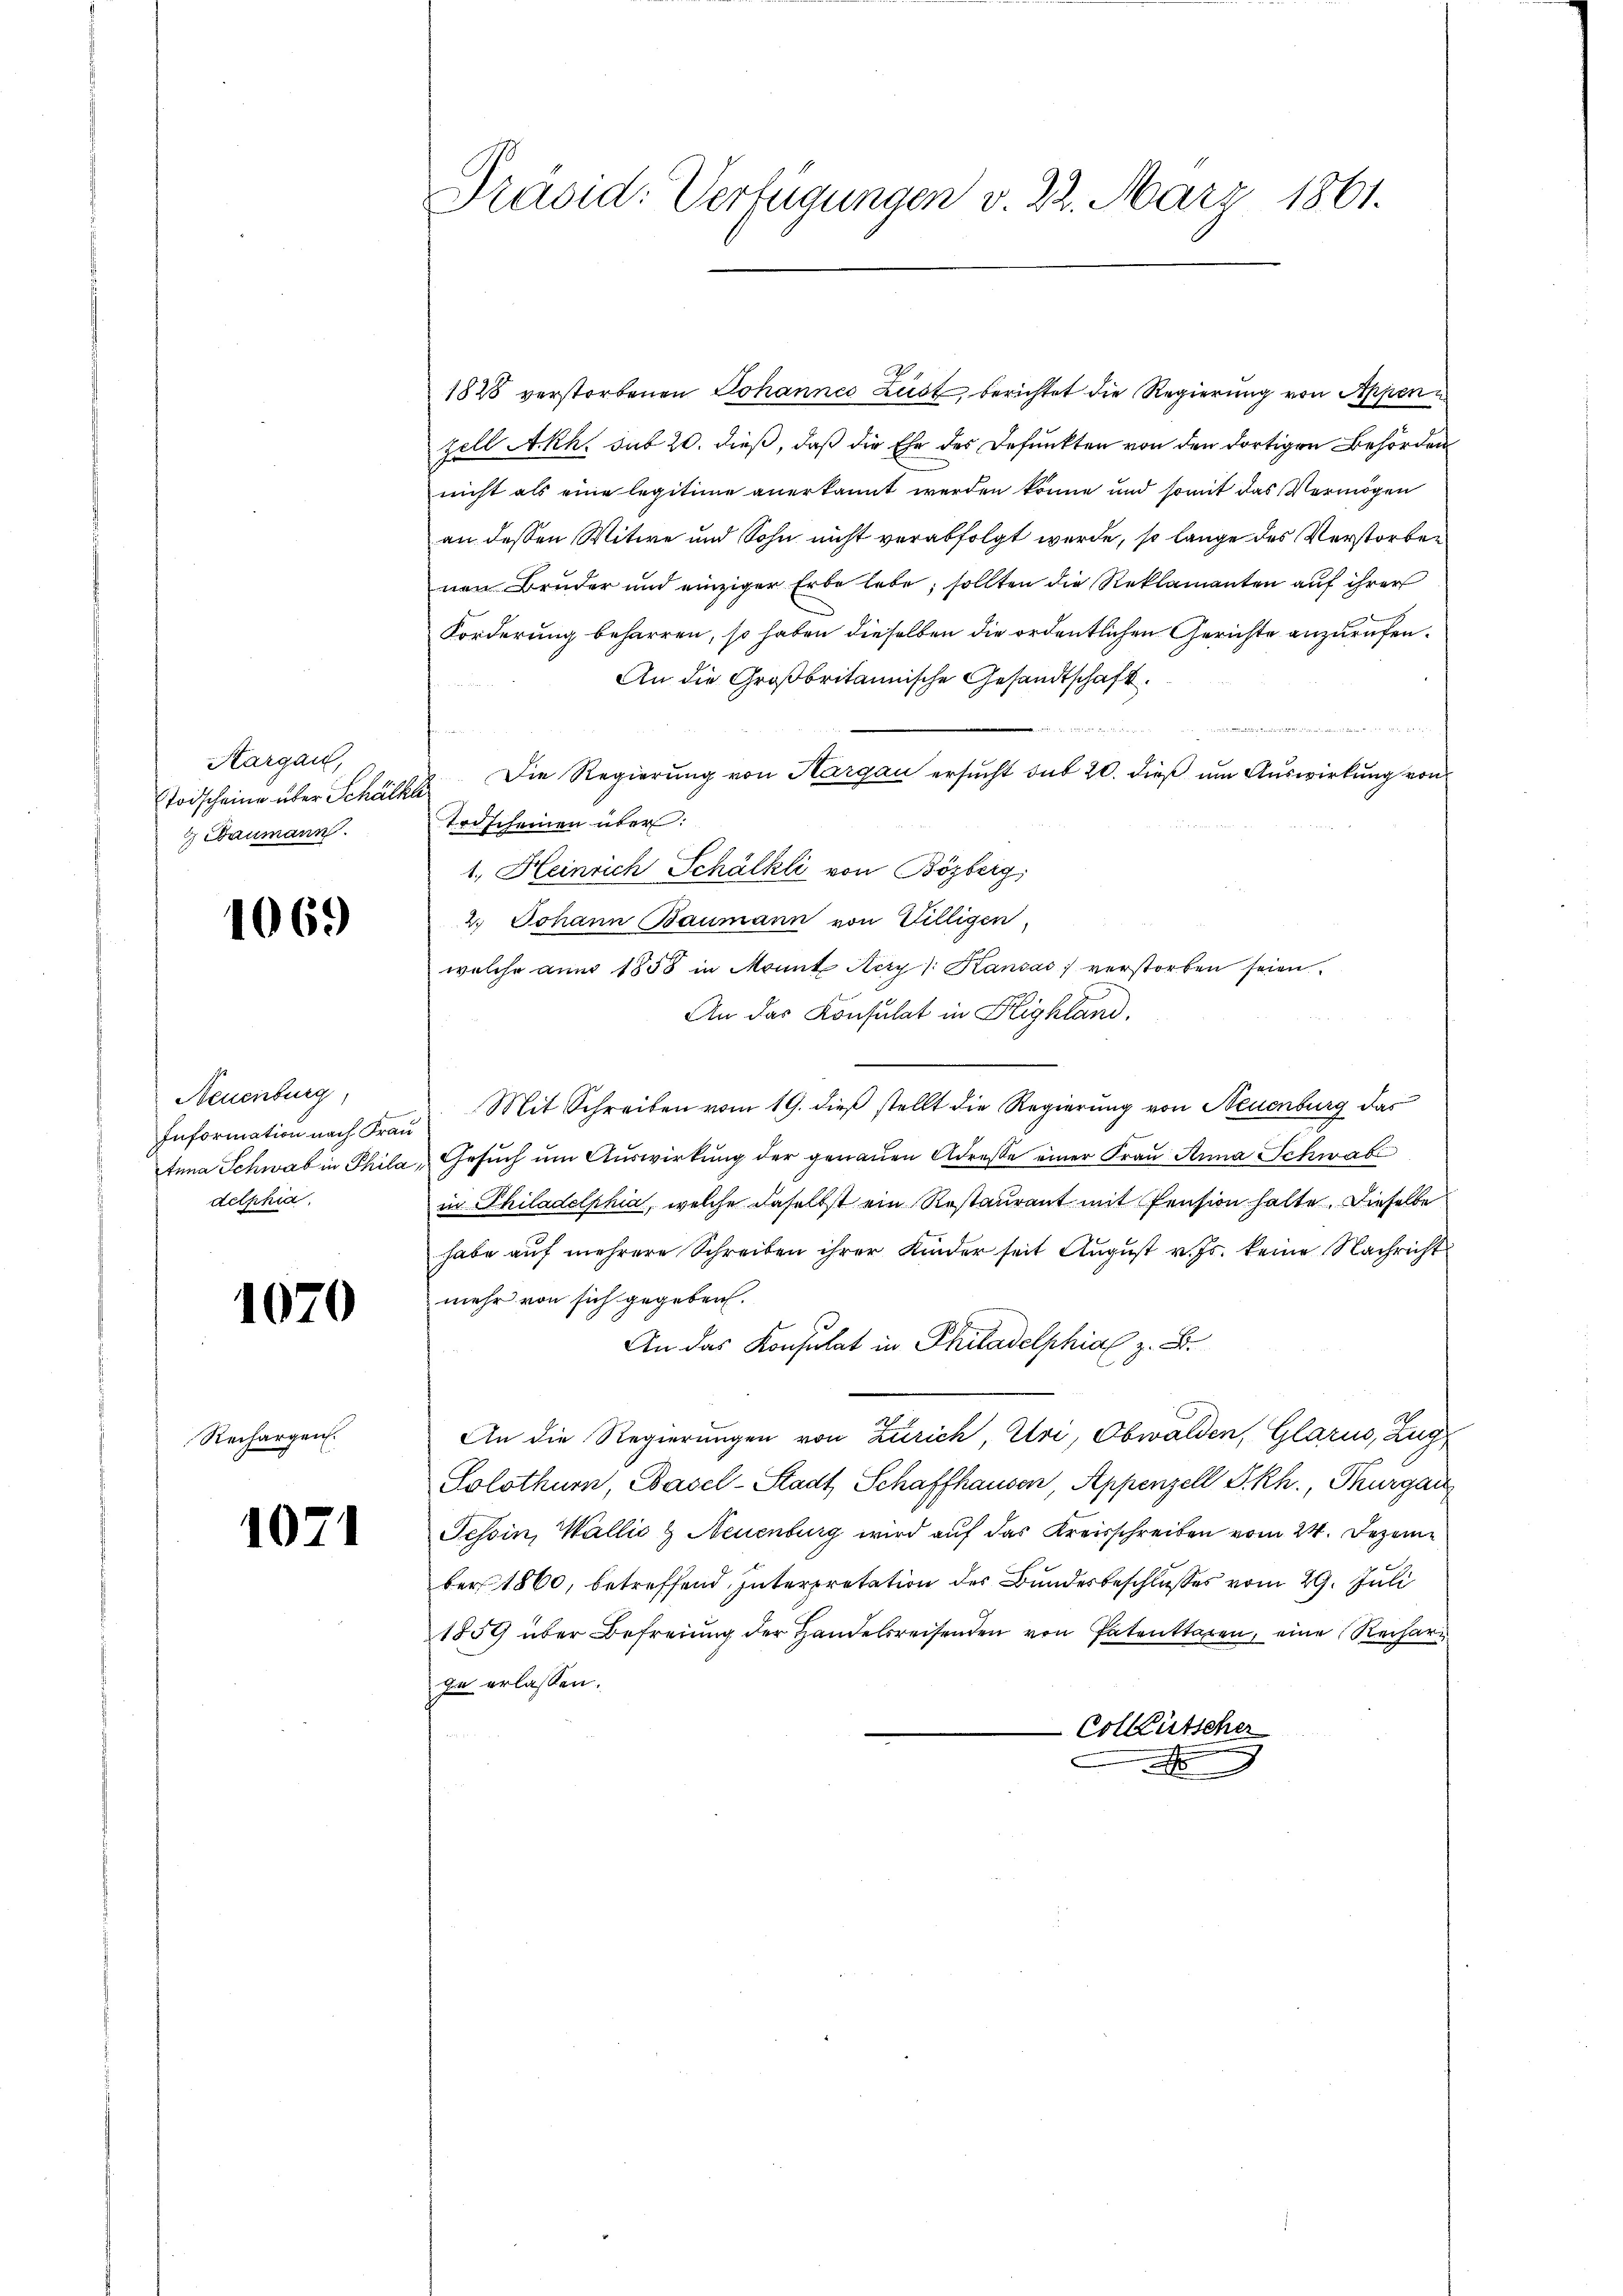
Aargau,
Stodscheine über Schälke
g Baumann.

1069

Neuenburg,
Information nach Frau
Anna Schwab in Phila,
delphia

1070

Rechargen.

107

¬

Präsid. Verfügungen v. 22. März 1861.

1828 verstorbenen Johannes Lust berichtet die Regierung von Appenzell Akht sub 20. dieß, daß die Ehe des Befunkten von den dortigen Behörden
nicht als eine legitime anerkannt werden könne und somit das Vermögen
an dessen Witwe und Sohn nicht verabfolgt werde, so lange des Verstorben
nen Bruder und einziger Erbe lebe, sollten die Reklamanten auf ihrer
Forderung beharren, so haben dieselben die ordentlichen Gerichte anzurufen.
An die Großbritannische Gesandtschaft
 2
Die Regierung von Hargau ersucht sub 20. dieß um Auswirkung von
Torscheinen über:
1. Heinrich Schälkli von Bözberg,
2. Johann Baumann von Villigen,
welche am 1858 in Monnt Aizy /:Kansas verstorben seien.
An das Konsulat in Highland.
Mit Schreiben vom 19. dieß stellt die Regierung von Neuenburg das
Gesuch um Auswirkung der genauen Adresse einer Frau Anna Schwabe
in Philadelphia, welche daselbst ein Rostaurant mit Pension halte. Dieselbe
habe auf mehrere Schreiben ihrer Kinder seit August v. Js. keine Nachricht
mehr von sich gegeben.
An das Konsulat in Philadelphial z. B.
1
An die Regierungen von Zürich, Uri, Obwalden, Glarus, Zug
Solothurn, Basel-Stadt Schaffhausen, Appenzell P.-Rh., Thurgau
Tessin, Wallić & Neuenburg wird auf das Kreisschreiben vom 24. Dezem
ber 1860, betreffend Interpretation des Bundesbeschlusses vom 29. Juli
1859 über Befreiung der Handelsreisenden von Patentaren, eine Rechari
zu erlassen.
Colktütscher
s